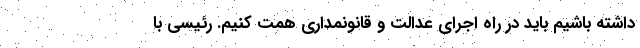
داشته باشیم باید در راه اجرای عدالت و قانونمداری همت کنیم. رئیسی با